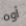
أوه